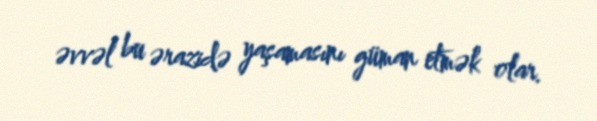
əvvəl bu ərazidə yaşamasını güman etmək olar.